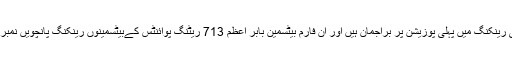
لیفٹ آرم اسپنر عماد وسیم 742ریٹنگ پوائنٹس کے ساتھ آئی سی سی رینکنگ میں پہلی پوزیشن پر براجمان ہیں اور ان فارم بیٹسمین بابر اعظم 713 ریٹنگ پوائنٹس کےبیٹسمینوں رینکنگ پانچویں نمبر پر ہیں، جبکہ آل راؤنڈر ز میں شعیب ملک کی 10ویں پوزیشن ہے۔